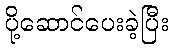
ပို့ဆောင်ပေးခဲ့ပြီး